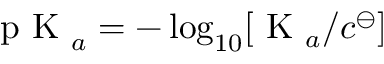
\mathrm { ~ p ~ K ~ } _ { a } = - \log _ { 1 0 } [ \mathrm { ~ K ~ } _ { a } / c ^ { \ominus } ]